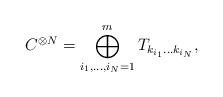
LaTeX: \begin{align*} C^{\otimes N} = \bigoplus_{i_1,\ldots,i_N=1}^m T_{k_{i_1}\ldots k_{i_N}},\end{align*}